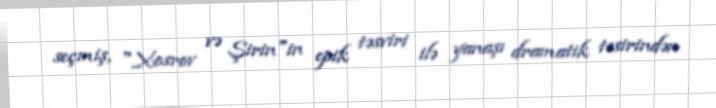
seçmiş, "Xosrov və Şirin"in epik təsviri ilə yanaşı dramatik təsirindən